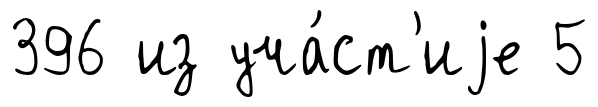
396 из уча́ст'иjе 5